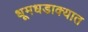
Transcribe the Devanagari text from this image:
धूमधडाक्यात